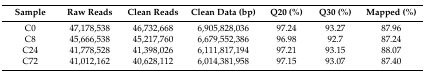
| Sample | Raw Reads | Clean Reads | Clean Data (bp) | Q20 (%) | Q30 (%) | Mapped (%) |
 | --- | --- | --- | --- | --- | --- | --- |
 | C0 | 47,178,538 | 46,732,668 | 6,905,828,036 | 97.24 | 93.27 | 87.96 |
 | C8 | 45,666,538 | 45,217,760 | 6,679,552,386 | 96.98 | 92.7 | 87.24 |
 | C24 | 41,778,528 | 41,398,026 | 6,111,817,194 | 97.21 | 93.15 | 88.07 |
 | C72 | 41,012,162 | 40,628,112 | 6,014,381,958 | 97.15 | 93.07 | 87.40 |